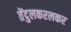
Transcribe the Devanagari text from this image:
तेंदुलकरलकर